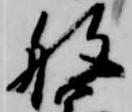
般